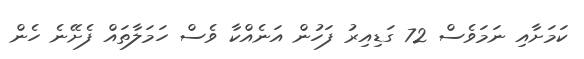
ކަމަށާއި ނަމަވެސް 72 ގަޑިއިރު ފަހުން އަނެއްކާ ވެސް ހަމަލާތައް ފެށޭނެ ހެން